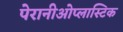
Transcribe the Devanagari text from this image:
पेरानीओप्लास्टिक